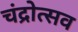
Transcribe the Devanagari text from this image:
चंद्रोत्सव